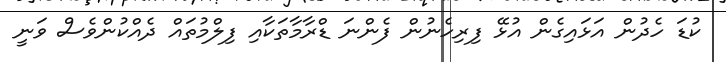
ކުޑަ ހެދުން އަޅައިގެން އުޅޭ ފިރިހެނުން ފެންނަ ޑްރާމާތަކާއި ފިލްމުތައް ދެއްކުންވެސް ވަނީ